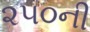
૨૫૦ની